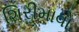
શિરીમાવો